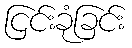
ငြင်းခုံခြင်း